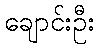
ချောင်းဦး